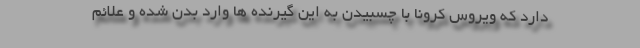
دارد که ویروس کرونا با چسبیدن به این گیرنده ها وارد بدن شده و علائم